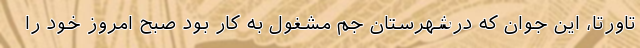
تاورتا، اين جوان كه درشهرستان جم مشغول به كار بود صبح امروز خود را